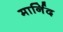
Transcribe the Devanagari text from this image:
मार्निद